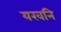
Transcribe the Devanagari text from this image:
यखनि